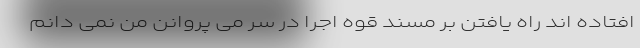
افتاده اند راه یافتن بر مسند قوه اجرا در سر می پروانن من نمی دانم